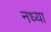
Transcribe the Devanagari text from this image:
नध्या